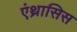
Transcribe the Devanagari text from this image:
एंथ्रासिस